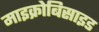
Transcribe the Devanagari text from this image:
माइक्रोबिसाइड